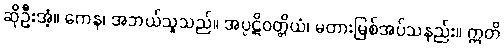
ဆိုဦးအံ့။ ကေန၊ အဘယ်သူသည်။ အပ္ပဋိဝတ္တိယံ၊ မတားမြစ်အပ်သနည်း။ ဣတိ